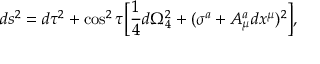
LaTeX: d s ^ { 2 } = d \tau ^ { 2 } + \cos ^ { 2 } \tau \Big [ { \frac { 1 } { 4 } } d \Omega _ { 4 } ^ { 2 } + ( \sigma ^ { a } + A _ { \mu } ^ { a } d x ^ { \mu } ) ^ { 2 } \Big ] ,